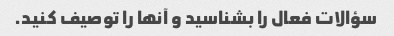
سؤالات فعال را بشناسید و آنها را توصیف کنید.